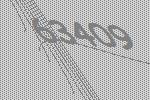
63409